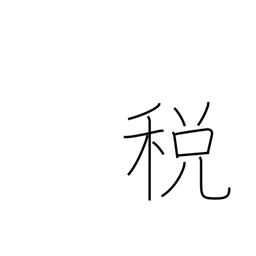
Meaning: tax